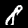
Label: 8